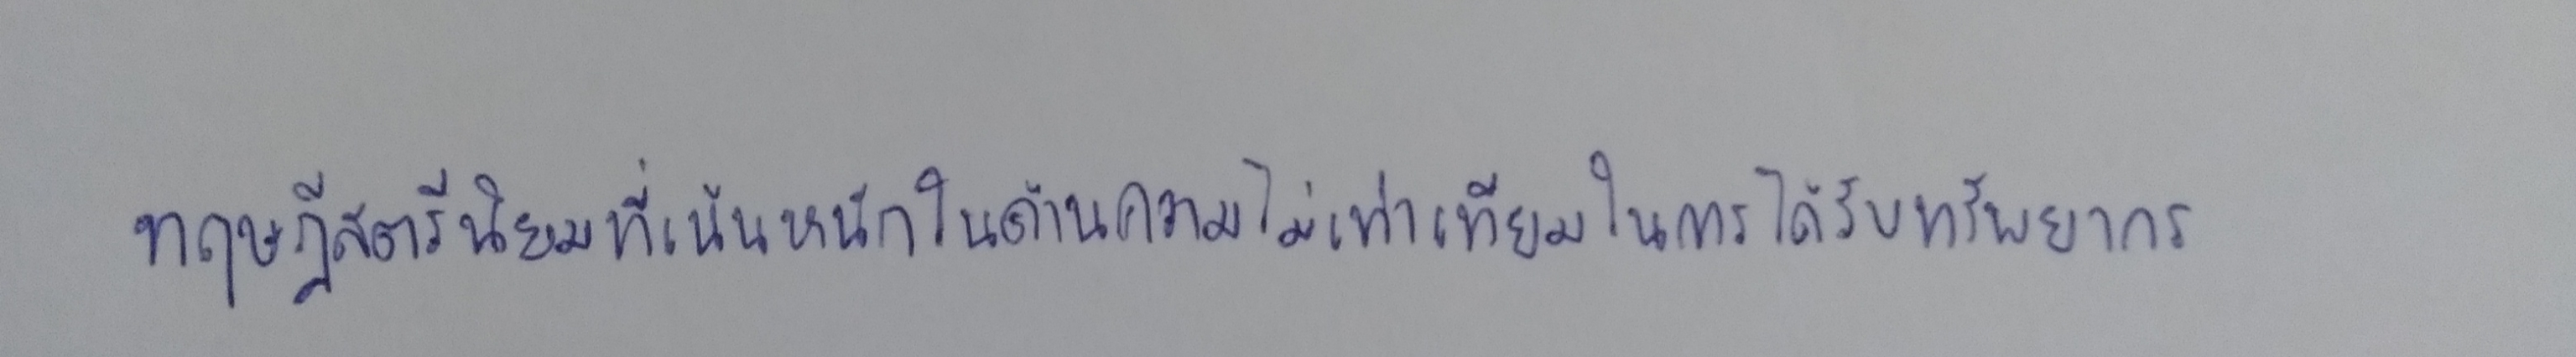
ทฤษฎีสตรีนิยมที่เน้นหนักในด้านความไม่เท่าเทียมในการได้รับทรัพยากร